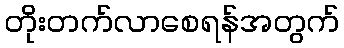
တိုးတက်လာစေရန်အတွက်